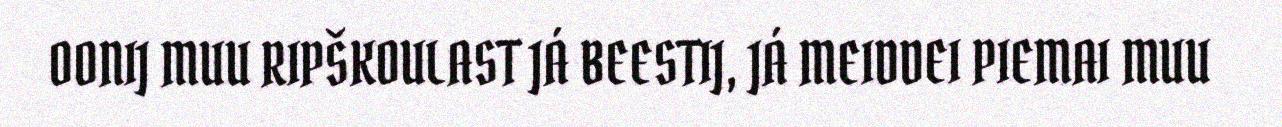
OONIJ MUU RIPŠKOULAST JÁ BEESTIJ, JÁ MEIDDEI PIEMAI MUU